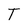
Character: T